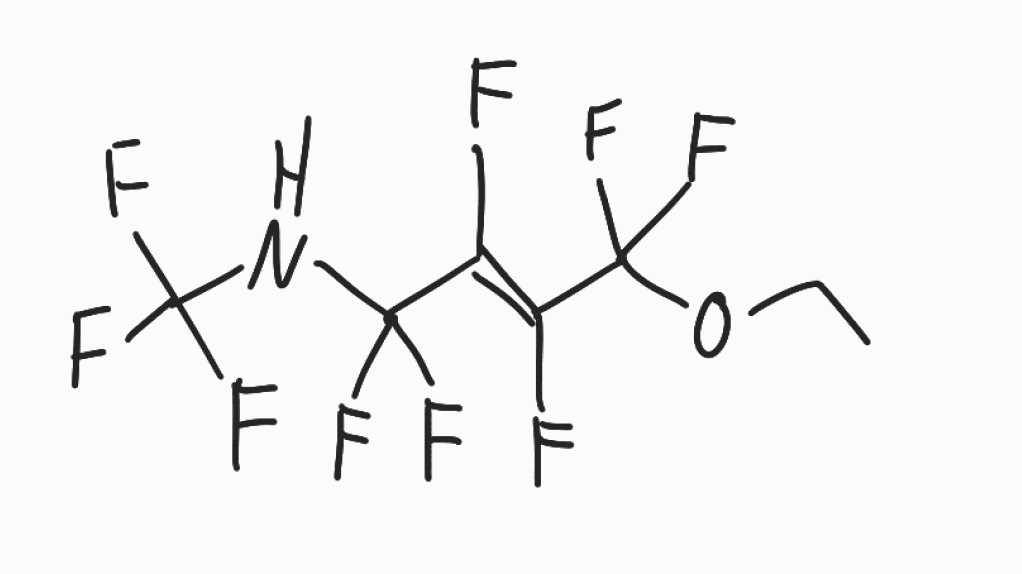
Simplified molecular-input line-entry system (SMILES) notation of the given molecule:
CCOC(/C(=C(/C(NC(F)(F)F)(F)F)\F)/F)(F)F